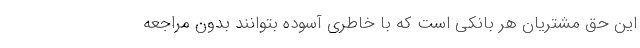
این حق مشتریان هر بانکی است که با خاطری آسوده بتوانند بدون مراجعه